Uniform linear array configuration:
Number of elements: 24
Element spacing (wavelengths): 0.75
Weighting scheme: hamming
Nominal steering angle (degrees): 60
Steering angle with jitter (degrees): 58.626
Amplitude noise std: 0.05
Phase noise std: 0.05

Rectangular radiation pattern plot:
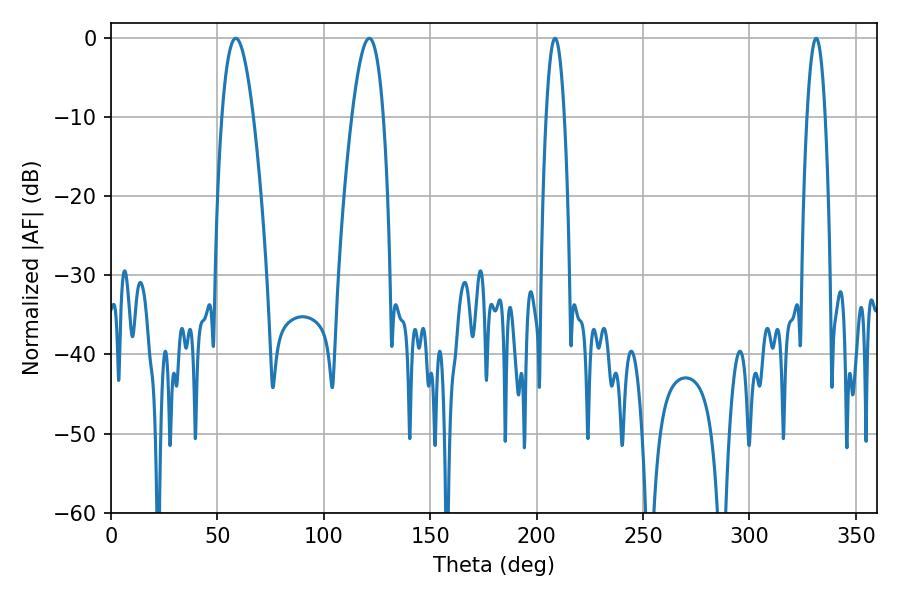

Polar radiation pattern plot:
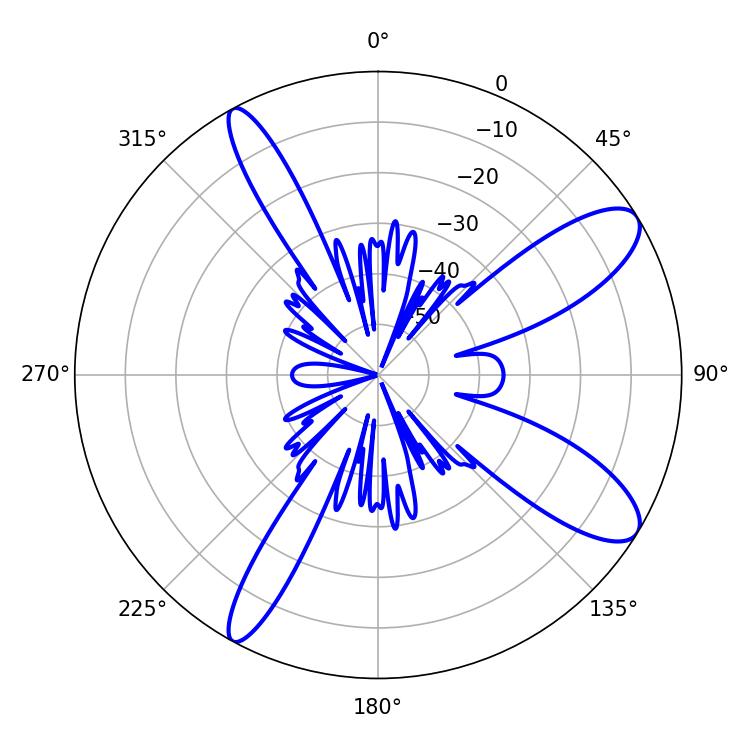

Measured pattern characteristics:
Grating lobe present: TRUE
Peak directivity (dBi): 10.552
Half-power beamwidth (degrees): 8.1
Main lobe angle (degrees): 58.68